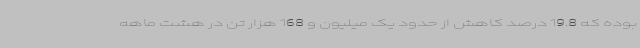
بوده که 19.8 درصد کاهش از حدود یک میلیون و 168 هزار تن در هشت ماهه